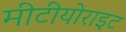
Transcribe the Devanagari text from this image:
मीटीयोराइट